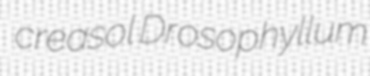
creasol Drosophyllum